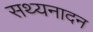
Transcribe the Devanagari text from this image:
सथ्यनादन